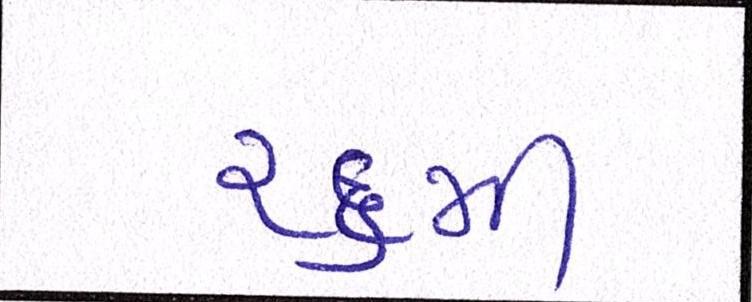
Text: ૨૬મી